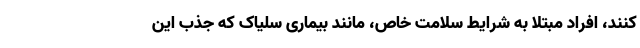
کنند، افراد مبتلا به شرایط سلامت خاص، مانند بیماری سلیاک که جذب این